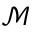
\mathcal { M }